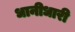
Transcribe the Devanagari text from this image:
धानीधारी